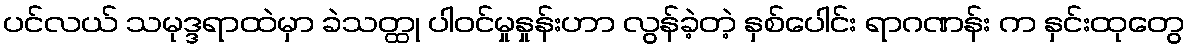
ပင်လယ် သမုဒ္ဒရာထဲမှာ ခဲသတ္ထု ပါဝင်မှုနှုန်းဟာ လွန်ခဲ့တဲ့ နှစ်ပေါင်း ရာဂဏန်း က နှင်းထုတွေ